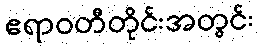
ဧရာဝတီတိုင်းအတွင်း